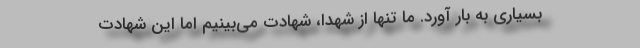
بسیاری به بار آورد. ما تنها از شهدا، شهادت می‌بینیم اما این شهادت